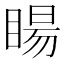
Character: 䁑